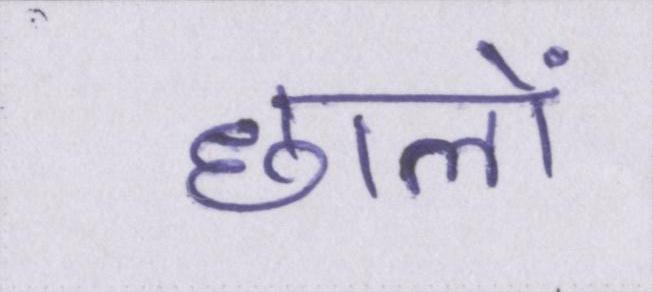
छालों